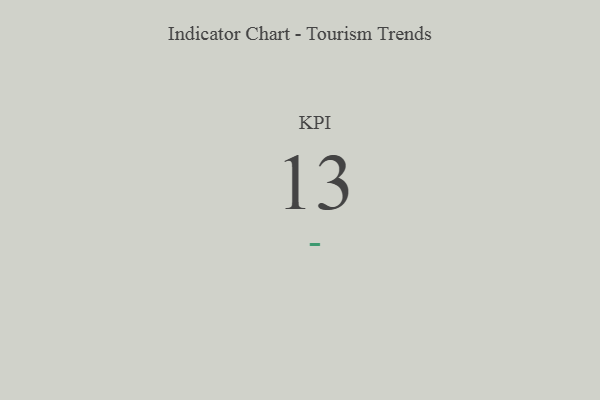
{"axis": {"x": "KPI", "y": "Value"}, "legend": [""], "data": [{"x": "KPI", "y": 13, "type": ""}]}